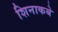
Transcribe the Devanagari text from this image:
शिनाकबे